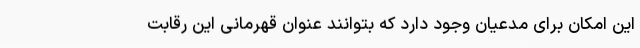
این امکان برای مدعیان وجود دارد که بتوانند عنوان قهرمانی این رقابت